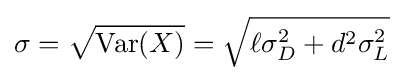
\sigma ={\sqrt {\operatorname {Var} (X)}}={\sqrt {\ell \sigma _{D}^{2}+d^{2}\sigma _{L}^{2}}}